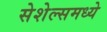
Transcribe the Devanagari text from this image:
सेशेल्समध्ये